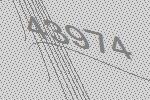
43974